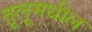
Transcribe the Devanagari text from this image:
तूलूमधील